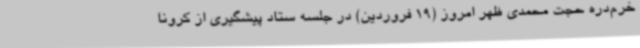
خرم‌دره حجت محمدی ظهر امروز (19 فروردین) در جلسه ستاد پیشگیری از کرونا